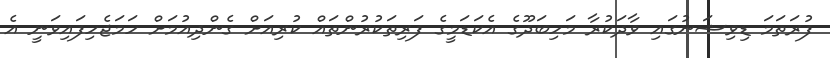
ފުރަތަމަ ޑިވިޝަނުގައި ވާދަކުރާ މަހިބަދޫގެ އެކަޑަމީގެ ފަރިތަކުރުންތައް ކުރިއަށް ގެންދިއުމަށް ހަމަޖެހިފައިވަނީ އެ